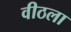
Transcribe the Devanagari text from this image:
वीठला